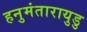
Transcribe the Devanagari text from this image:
हनुमंतारायुडु